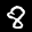
Label: 8